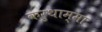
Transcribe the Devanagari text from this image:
करुथाम्मा